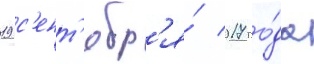
19 с'ент'ябр'я́ 2017 го́да